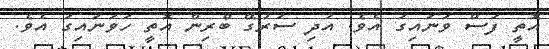
އޮތީ ފަސް ވަނައިގަ އެވެ. އަދި ސަރުގޭ ބްރިން އޮތީ ހަވަނައިގަ އެވެ.